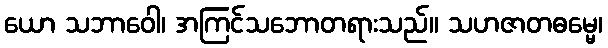
ယော သဘာဝေါ၊ အကြင်သဘောတရားသည်။ သဟဇာတဓမ္မေ၊